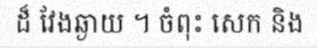
ដ៏ វែងឆ្ងាយ ។ ចំពុះ សេក និង